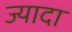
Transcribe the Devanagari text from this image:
ज्यादा